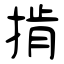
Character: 掯